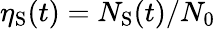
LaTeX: \eta_{\mathrm{S}}(t)=N_{\mathrm{S}}(t)/N_{0}